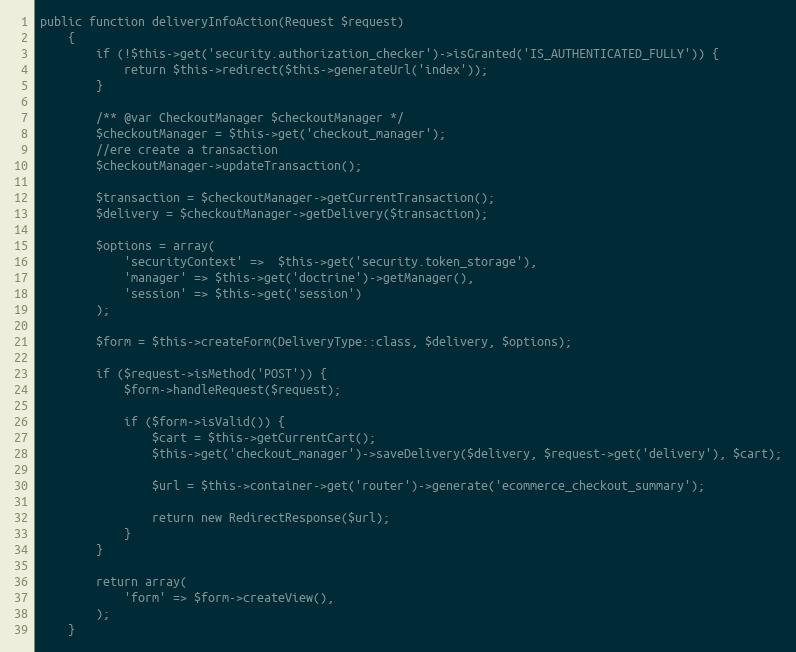
Language: PHP
public function deliveryInfoAction(Request $request)
    {
        if (!$this->get('security.authorization_checker')->isGranted('IS_AUTHENTICATED_FULLY')) {
            return $this->redirect($this->generateUrl('index'));
        }

        /** @var CheckoutManager $checkoutManager */
        $checkoutManager = $this->get('checkout_manager');
        //ere create a transaction
        $checkoutManager->updateTransaction();

        $transaction = $checkoutManager->getCurrentTransaction();
        $delivery = $checkoutManager->getDelivery($transaction);

        $options = array(
            'securityContext' =>  $this->get('security.token_storage'),
            'manager' => $this->get('doctrine')->getManager(),
            'session' => $this->get('session')
        );

        $form = $this->createForm(DeliveryType::class, $delivery, $options);

        if ($request->isMethod('POST')) {
            $form->handleRequest($request);

            if ($form->isValid()) {
                $cart = $this->getCurrentCart();
                $this->get('checkout_manager')->saveDelivery($delivery, $request->get('delivery'), $cart);

                $url = $this->container->get('router')->generate('ecommerce_checkout_summary');

                return new RedirectResponse($url);
            }
        }

        return array(
            'form' => $form->createView(),
        );
    }